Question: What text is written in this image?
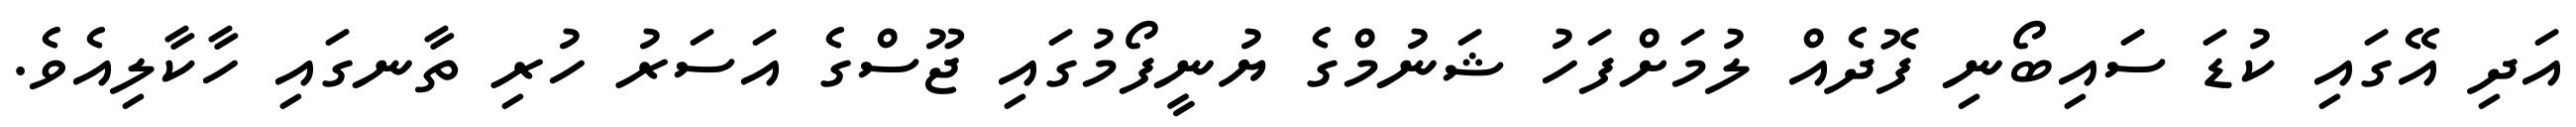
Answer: އަދި އޭގައި ކުޑަ ސައިބޯނި ފޮދެއް ލުމަށްފަހު ޝަނުމްގެ ޔުނީފޯމުގައި ޖޫސްގެ އަސަރު ހުރި ތާނގައި ހާކާލިއެވެ.